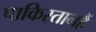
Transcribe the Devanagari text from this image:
पाकिस्तानहैं